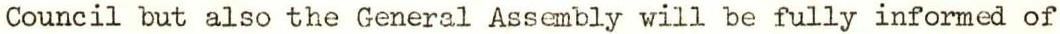
Council but also the General Assembly will be fully informed of